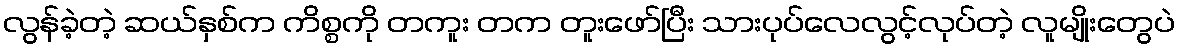
လွန်ခဲ့တဲ့ ဆယ်နှစ်က ကိစ္စကို တကူး တက တူးဖော်ပြီး သားပုပ်လေလွင့်လုပ်တဲ့ လူမျိုးတွေပဲ